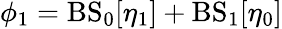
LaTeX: \phi_{1}=\mathrm{BS}_{0}[\eta_{1}]+\mathrm{BS}_{1}[\eta_{0}]